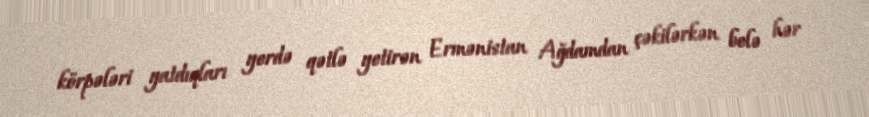
körpələri yatdıqları yerdə qətlə yetirən Ermənistan Ağdamdan çəkilərkən belə hər